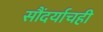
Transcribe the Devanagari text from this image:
सौंदर्याचही